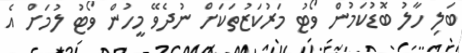
ބަލި ހާލު ބޮޑުކަމުން ވޯޓު މަރުކަޒުތަކަށް ނުދެވޭ މީހުން ވޯޓު ލުމަށް އެ